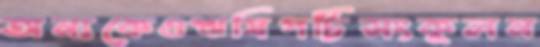
অন্যকেওঋষিপট্টিসংকুলন